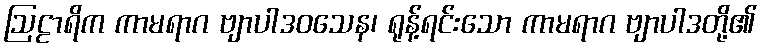
ဩဠာရိက ကာမရာဂ ဗျာပါဒဝသေန၊ ရုန့်ရင်းသော ကာမရာဂ ဗျာပါဒတို့၏